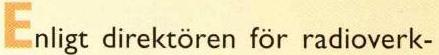
Enligt direktören för radioverk-